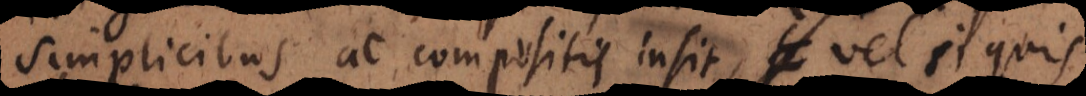
simplicibus ac compositis insit, vel si quis